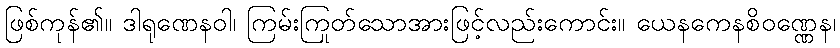
ဖြစ်ကုန်၏။ ဒါရုဏေနဝါ၊ ကြမ်းကြုတ်သောအားဖြင့်လည်းကောင်း။ ယေနကေနစိဝဏ္ဏေန၊